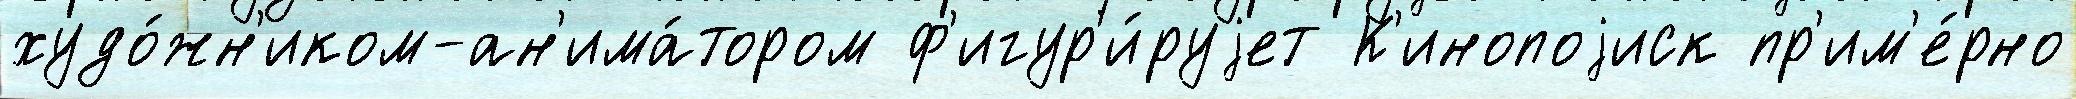
худо́жн'иком-ан'има́тором ф'игур'и́руjет К'инопоjиск пр'им'е́рно